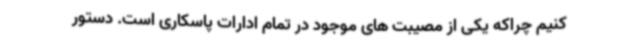
کنیم چراکه یکی از مصیبت های موجود در تمام ادارات پاسکاری است. دستور